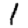
Digit: 1